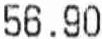
56.90